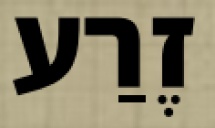
זֶרַע